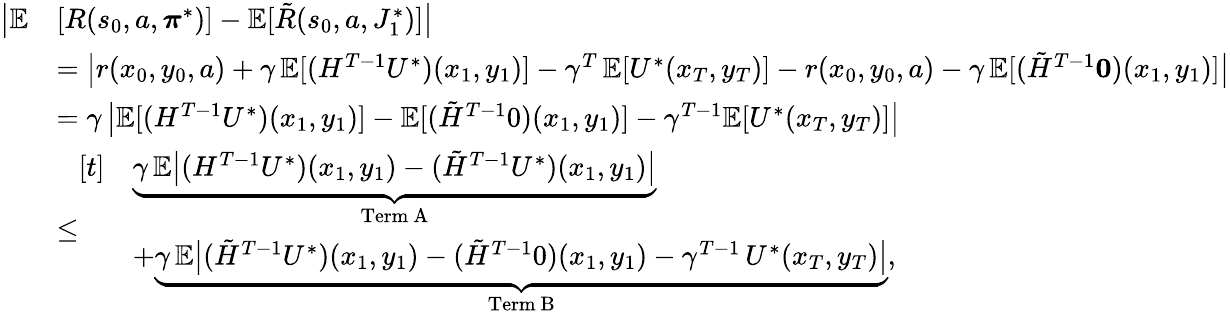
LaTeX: \begin{array}{rl}{\bigl|\mathbb{E}}&{[R(s_{0},a,\boldsymbol{\pi}^{*})]-\mathbb{E}[\tilde{R}(s_{0},a,J_{1}^{*})]\bigr|}\\ &{=\bigl|r(x_{0},y_{0},a)+\gamma\, \mathbb{E}[(H^{T-1}U^{*})(x_{1},y_{1})]-\gamma^{T}\, \mathbb{E}[U^{*}(x_{T},y_{T})]-r(x_{0},y_{0},a)-\gamma\, \mathbb{E}[(\tilde{H}^{T-1}\mathbf{0})(x_{1},y_{1})]\bigr|}\\ &{=\gamma\, \bigl|\mathbb{E}[(H^{T-1}U^{*})(x_{1},y_{1})]-\mathbb{E}[(\tilde{H}^{T-1}0)(x_{1},y_{1})]-\gamma^{T-1}\mathbb{E}[U^{*}(x_{T},y_{T})]\bigr|}\\ &{\leq\begin{array}{rl}{[t]}&{\underbrace{\gamma\, \mathbb{E}\bigl|(H^{T-1}U^{*})(x_{1},y_{1})-(\tilde{H}^{T-1}U^{*})(x_{1},y_{1})\bigr|}_{\mathrm{Term~A}}}\\ &{+\underbrace{\gamma\, \mathbb{E}\bigl|(\tilde{H}^{T-1}U^{*})(x_{1},y_{1})-(\tilde{H}^{T-1}0)(x_{1},y_{1})-\gamma^{T-1}\, U^{*}(x_{T},y_{T})\bigr|}_{\mathrm{Term~B}},}\end{array}}\end{array}